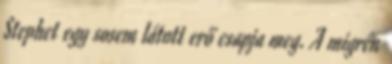
Stephet egy sosem látott erő csapja meg. A migrén